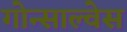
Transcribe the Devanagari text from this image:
गोन्साल्वेस